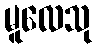
မူလေသု